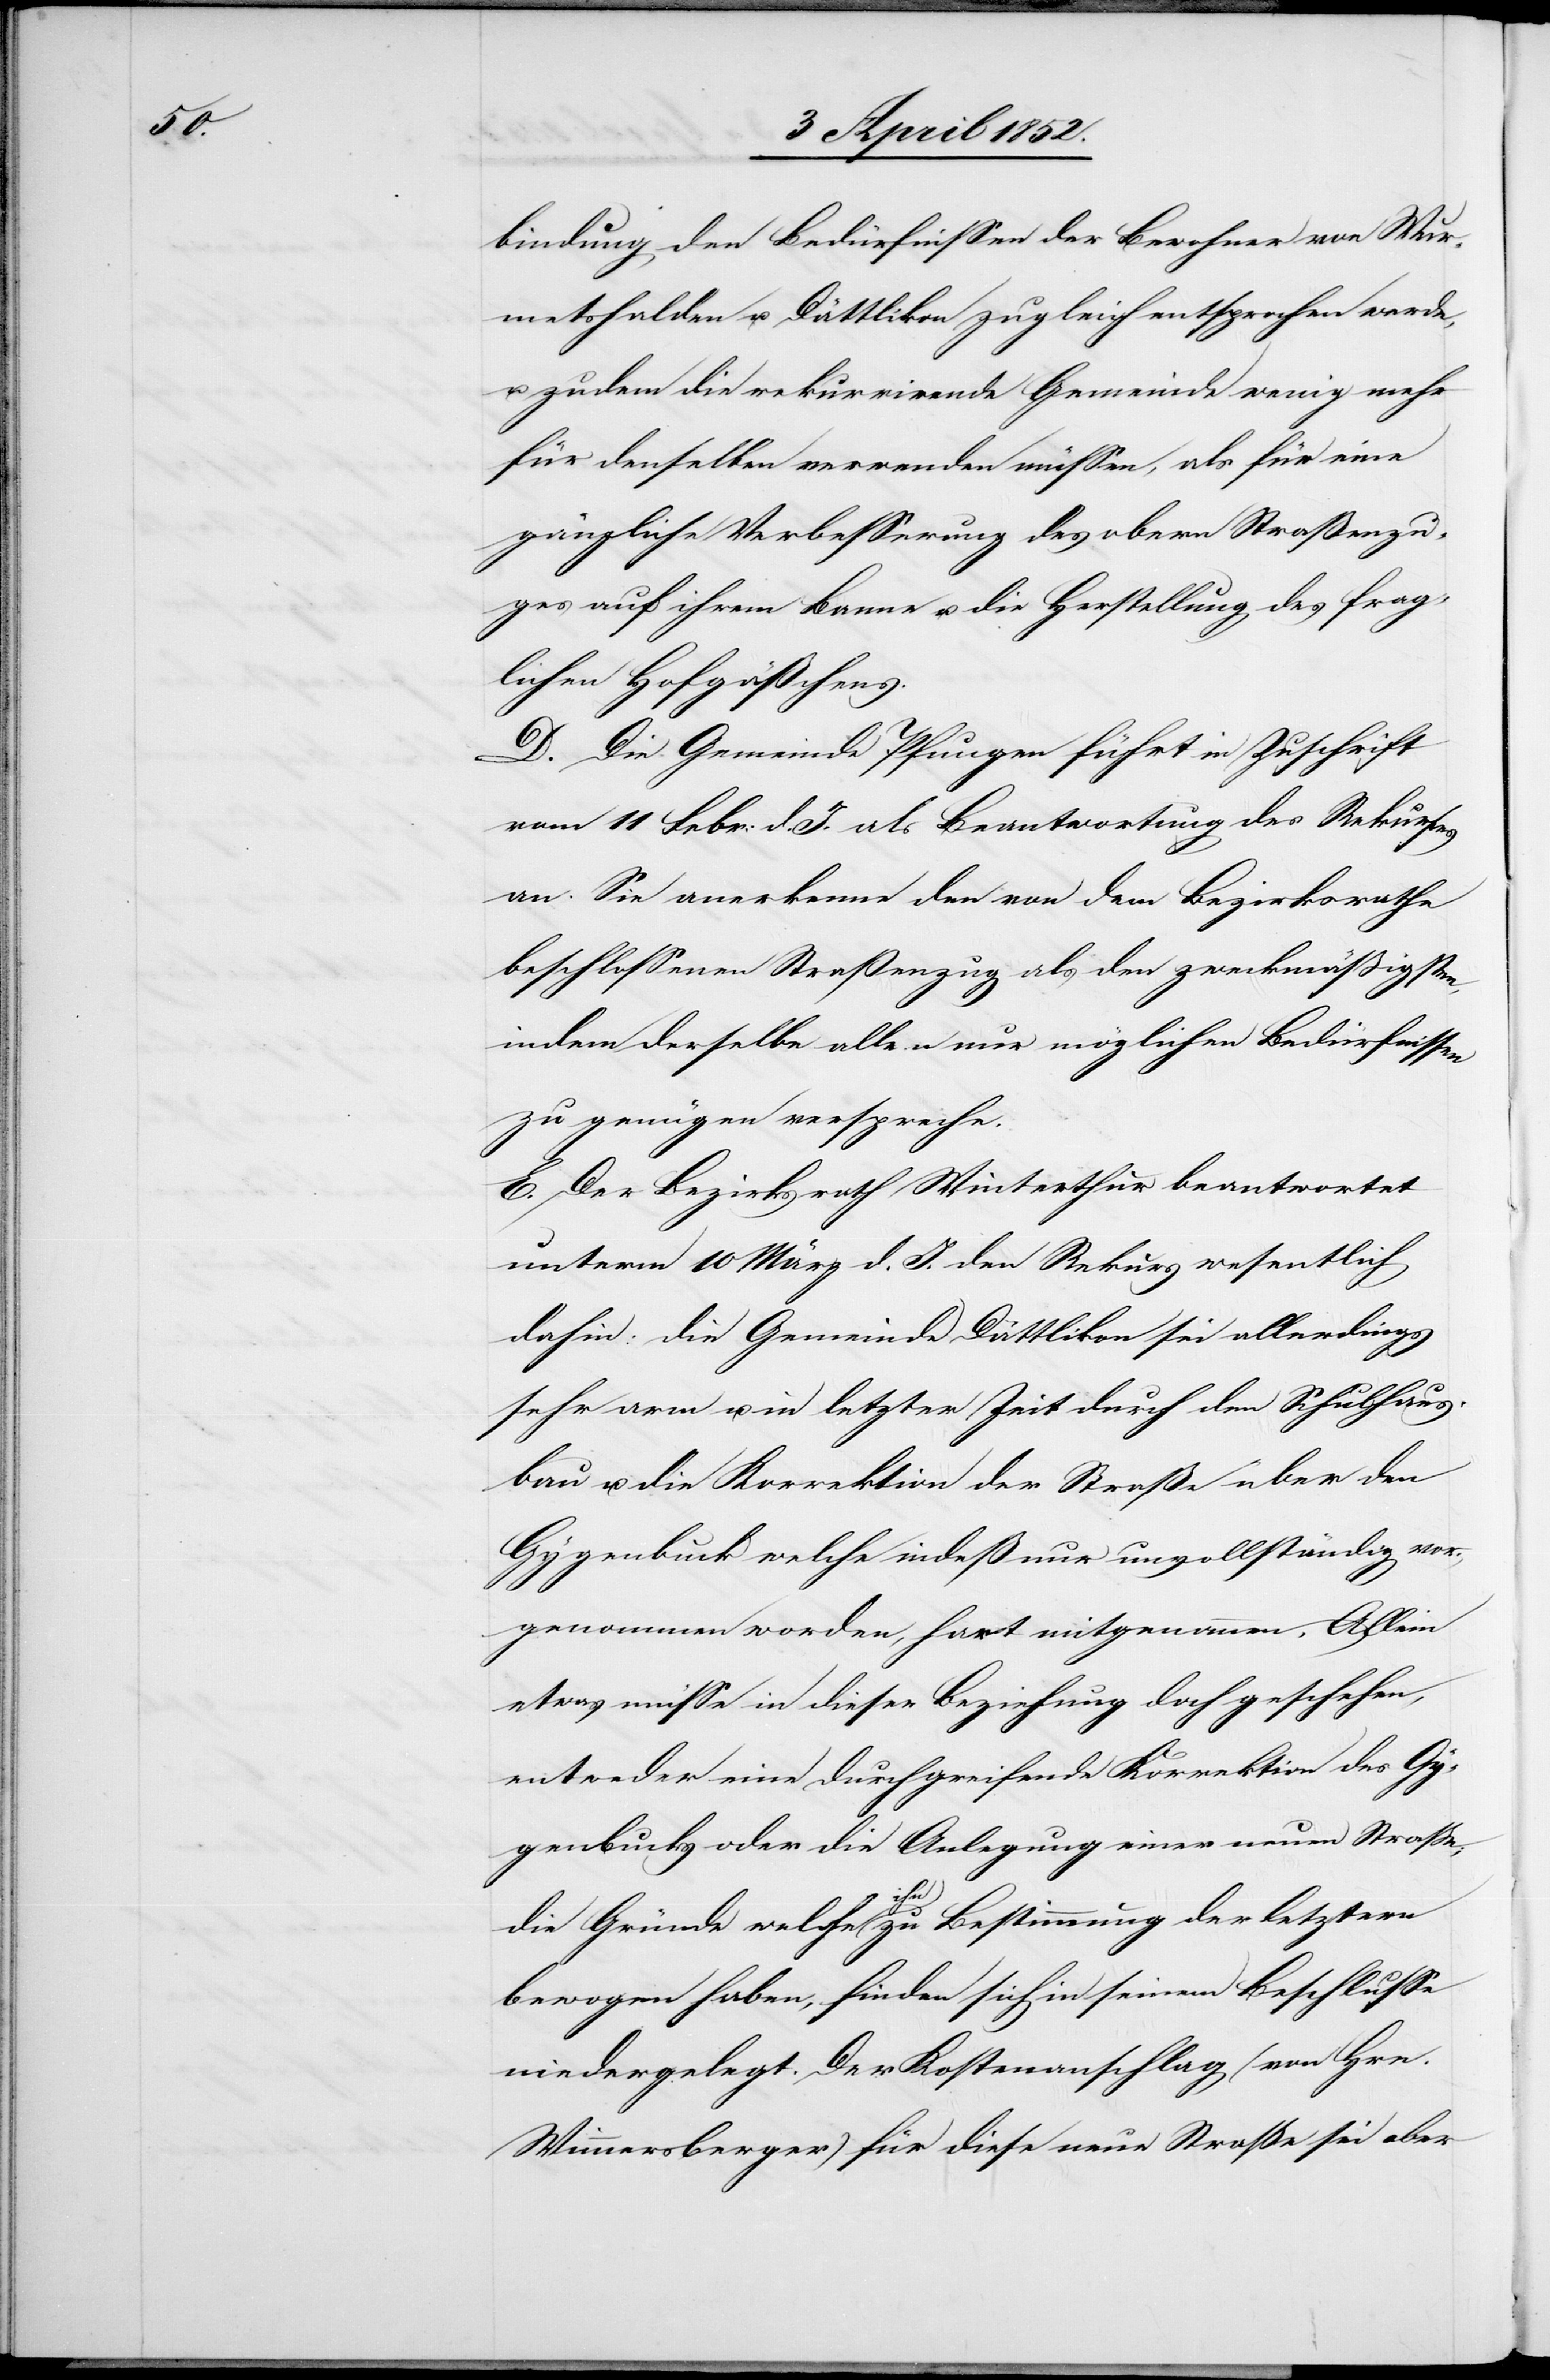
bindung den Bedürfnissen der Bewohner von Wur¬
metshalden u. Dättlikon zugleich entsprochen werde,
zudem die rekurrirende Gemeinde wenig mehr
für denselben verwenden müssen, als für eine
gänzliche Verbesserung des obern Straßenzu¬
ges auf ihrem Banne u. die Herstellung des frag¬
lichen Hofgäßchens.
D. Die Gemeinde Pfungen führt in Zuschrift
vom 11 Febr: d. J. als Beantwortung des Rekurses
an. Sie anerkenne den von dem Bezirksrathe
beschlossenen Straßenzug als den zweckmässigsten,
indem derselbe allen nur möglichen Bedürfnissen
zu genügen verspreche.
E. Der Bezirksrath Winterthur beantwortet
unterm 10 März d. J. den Rekurs wesentlich
dahin: die Gemeinde Dättlikon sei allerdings
sehr arm u. in letzter Zeit durch den Schulhaus¬
bau u. die Korrektion der Straße über den
Gygenbuck welche indeß nur unvollständig vor¬
genommen worden, hart mitgenommen. Allein
etwas müsse in dieser Beziehung doch geschehen,
entweder eine durchgreifende Korrektion des Gy¬
genbucks oder die Anlegung einer neuen Straße;
die Gründe welche ihn zu Bestimmung der letztern
bewogen haben, finden sich in seinem Beschlusse
niedergelegt. Der Kostenanschlag (von Hrn.
Wimmersberger) für diese neue Straße sei aber